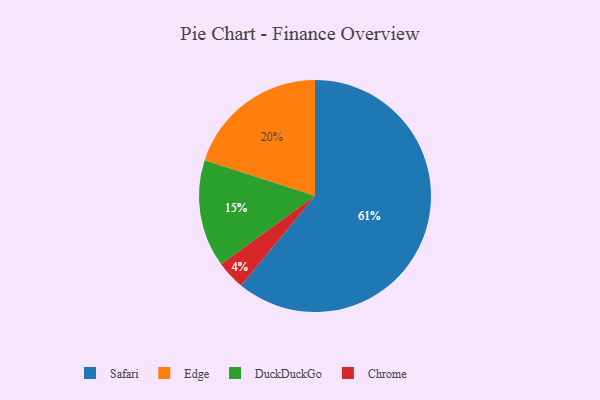
{"axis": {"x": "Category", "y": "Percentage"}, "legend": ["Chrome", "DuckDuckGo", "Edge", "Safari"], "data": [{"x": "Safari", "y": 61, "type": "Safari"}, {"x": "DuckDuckGo", "y": 15, "type": "DuckDuckGo"}, {"x": "Chrome", "y": 4, "type": "Chrome"}, {"x": "Edge", "y": 20, "type": "Edge"}]}